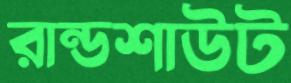
রান্ডশাউট